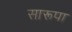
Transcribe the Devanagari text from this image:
सारूपा